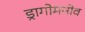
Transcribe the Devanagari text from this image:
ड्रागोमनोव